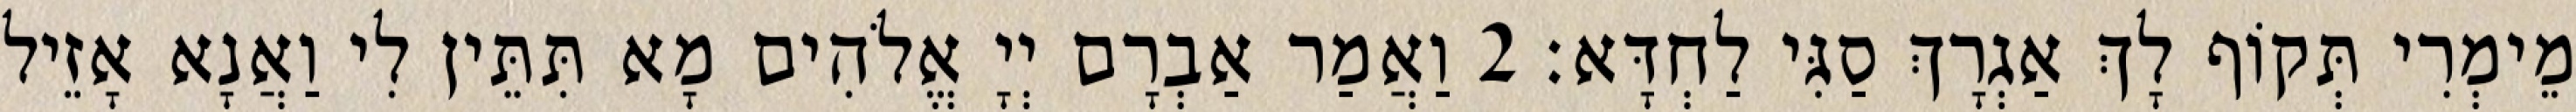
מֵימְרִי תְּקוֹף לָךְ אַגְרָךְ סַגִּי לַחְדָּא׃ 2 וַאֲמַר אַבְרָם יְיָ אֱלֹהִים מָא תִּתֵּין לִי וַאֲנָא אָזֵיל